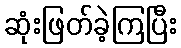
ဆုံးဖြတ်ခဲ့ကြပြီး